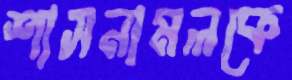
শাসনামলকে